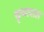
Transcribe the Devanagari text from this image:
कृष्णपाल